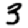
Digit: 3